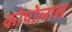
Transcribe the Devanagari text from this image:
कोपोलास